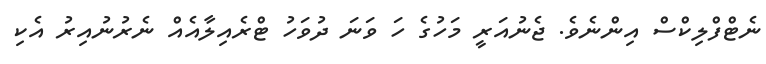
ނެޓްފްލިކްސް އިންނެވެ. ޖެނުއަރީ މަހުގެ ހަ ވަނަ ދުވަހު ޓްރެއިލާއެއް ނެރުނުއިރު އެކި